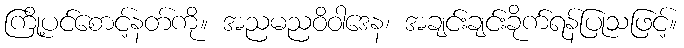
ကြို့ပင်စောင့်နတ်ကို။ အညမညဝိဝါဒေန၊ အချင်းချင်းခိုက်ရန်ပြုသဖြင့်။